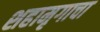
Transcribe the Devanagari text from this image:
शहामृगाचा